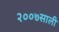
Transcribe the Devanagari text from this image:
२००७साली